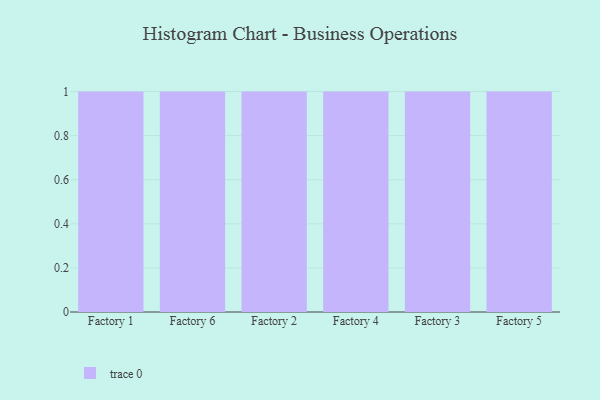
{"axis": {"x": "Factory", "y": "Satisfaction Score"}, "legend": [""], "data": [{"x": "Factory 1", "y": 94, "type": ""}, {"x": "Factory 6", "y": 14, "type": ""}, {"x": "Factory 2", "y": 42, "type": ""}, {"x": "Factory 4", "y": 51, "type": ""}, {"x": "Factory 3", "y": 43, "type": ""}, {"x": "Factory 5", "y": 96, "type": ""}]}